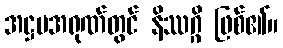
အဋ္ဌမအရုဏ်တွင် နိဿဂ္ဂိ ဖြစ်၏။